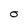
Character: 0